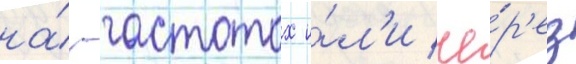
на́ -частотах и́л'и че́р'ез